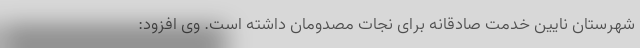
شهرستان نایین خدمت صادقانه برای نجات مصدومان داشته است. وی افزود: